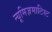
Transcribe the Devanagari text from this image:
न्यूमिज़माटिस्ट